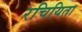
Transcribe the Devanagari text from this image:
रचियिता